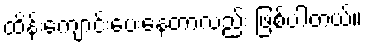
ထိန်းကျောင်းပေးနေတာလည်း ဖြစ်ပါတယ်။